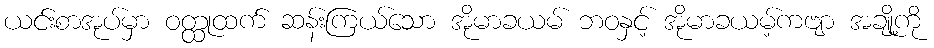
ယင်းစာအုပ်မှာ ဝတ္ထုထက် ဆန်းကြယ်သော အိုမာခယမ် ဘဝနှင့် အိုမာခယမ့်ကဗျာ အချို့ကို